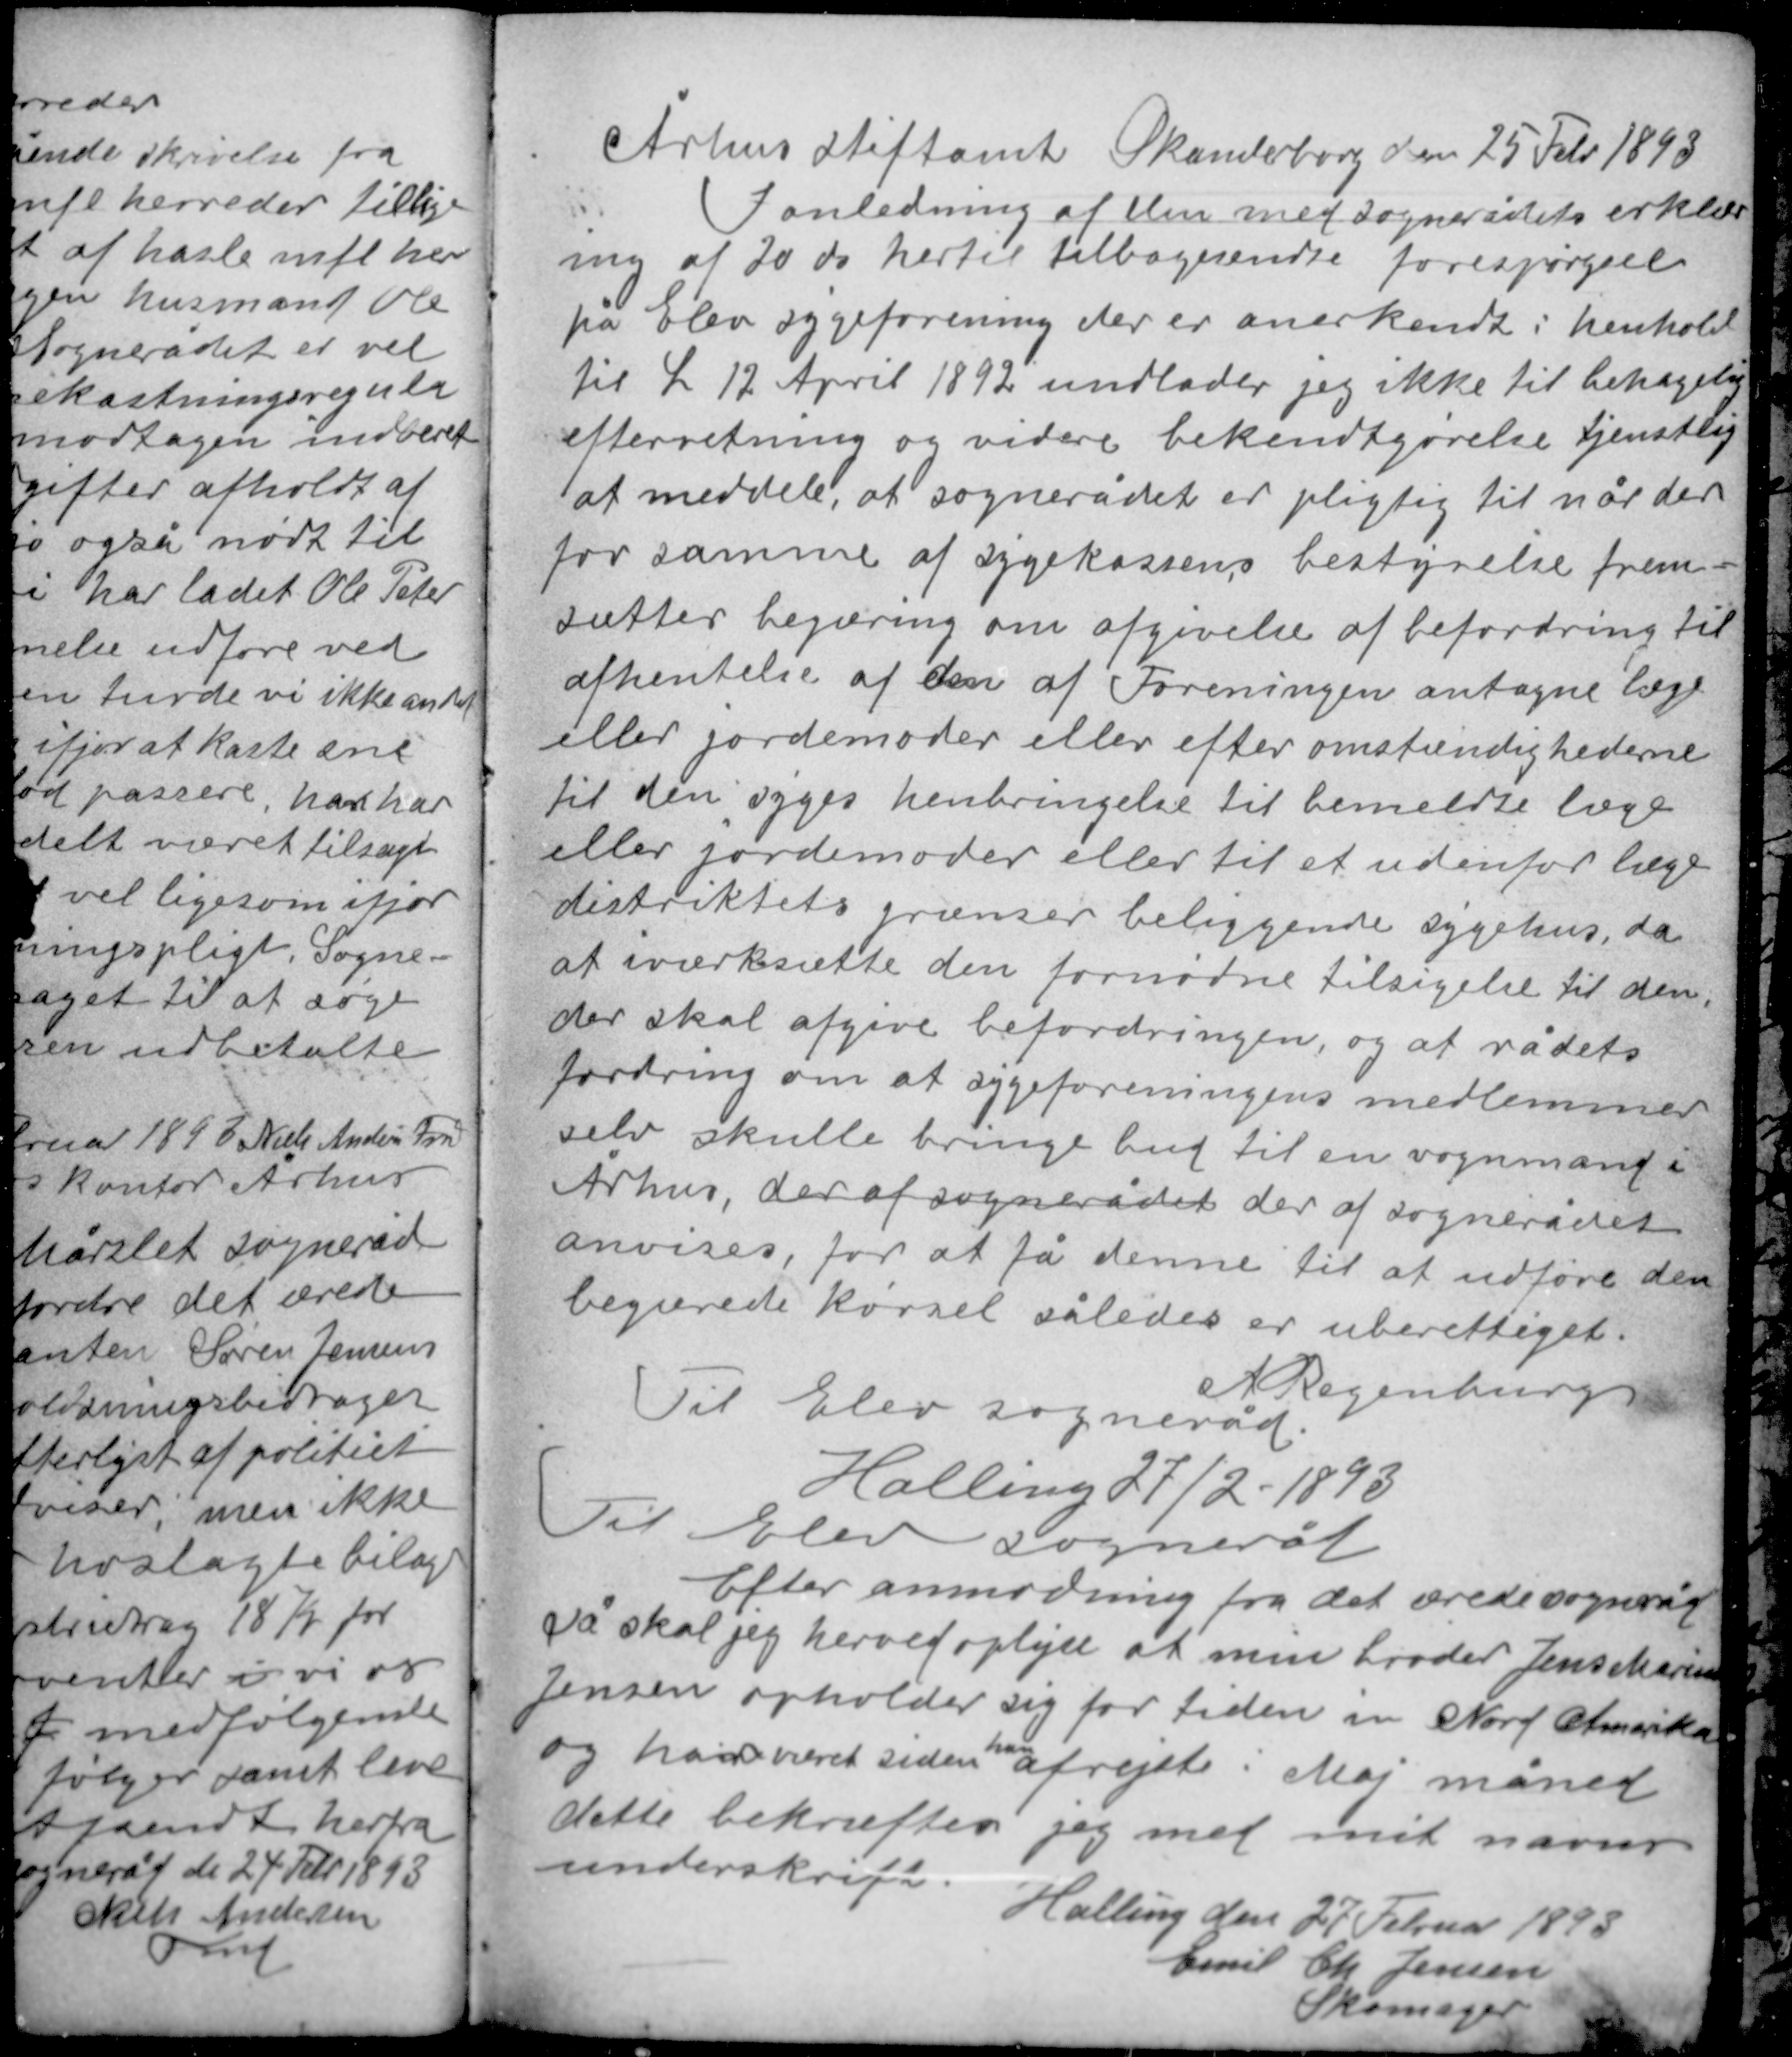
Transskription:
Århus stiftamt Skanderborg den 25 Febr 1893

I anledning af den med sognerådets erklær-
ing af 20 ds hertil tilbagesendte forespørgsel
på Elev sygeforening der er anerkendt i henhold
til L 12 April 1892 undlader jeg ikke til behagelig
efterretning og videre  bekendtgørelse tjenstlig
at meddele, at sognerådet er pligtig til når der
for samme af sygekassens bestyrelse frem-
sætter begæring om afgivelse af befordring til
afhentelse af den af Foreningen antagne læge
eller jordemoder eller efter omstændighederne
til den syges henbringelse til bemeldte læge
eller jordemoder eller til et udenfor læge
distriktets grænser beliggende sygehus da
at iværksætte den fornødne tilsigeles til den,
der skal afgive befordringen, og at rådets
fordring om at sygeforeningens medlemmer
selv skulle bringe bud til en vognmand i
Århus, der af sognerådet der af sognerådet
anvises, for at få denne til at udføre den
begærede kørsel således er uberettiget.

A Regenburg
Til Elev sogneråd

Halling 27/2-1893
Til Elev sogneråd

Efter anmodning fra det ærede sogneråd
så skal jeg herved oplyse at min broder Jens Marius
Jensen opholder sig for tiden i Nord Amerika
han
og har været siden afrejste i Maj måned
dette bekræfter jeg med mit navns
underskrift.
Halling den 27 Februar 1893
Emil Ch Jensen
Skomager